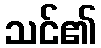
သင်၏